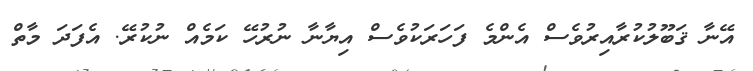
އޭނާ ޤަބޫލުކުރާއިރުވެސް އެންމެ ފަހަރަކުވެސް އިޔާނާ ނުރުހޭ ކަމެއް ނުކުރޭ. އެފަދަ މާތް